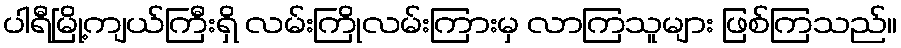
ပါရီမြို့ကျယ်ကြီးရှိ လမ်းကြိုလမ်းကြားမှ လာကြသူများ ဖြစ်ကြသည်။